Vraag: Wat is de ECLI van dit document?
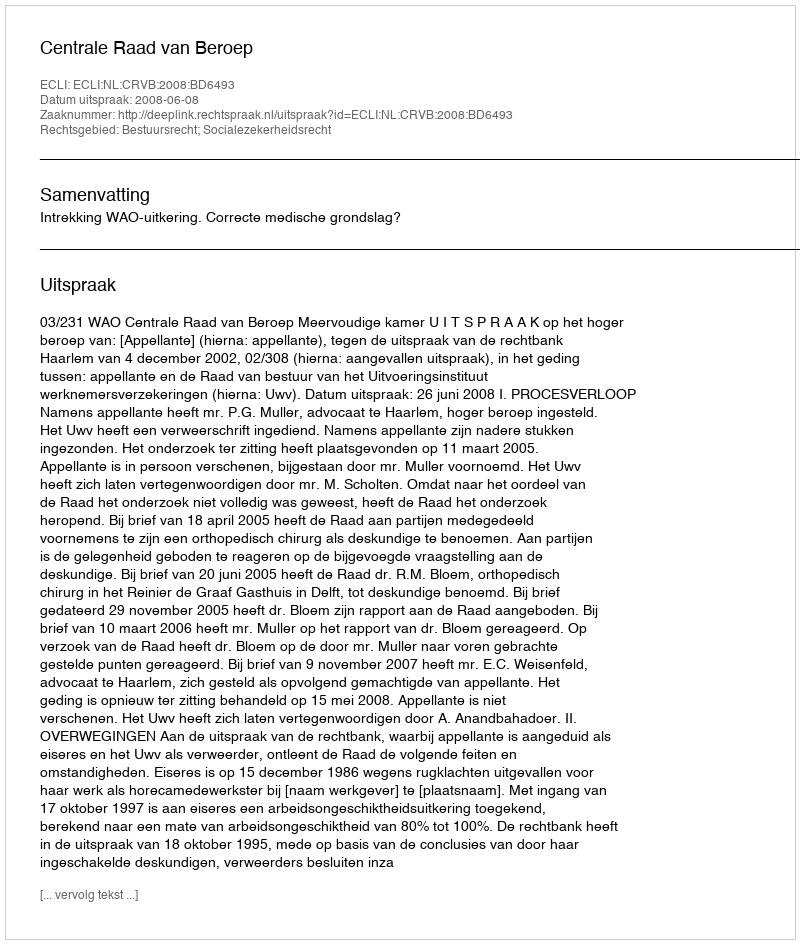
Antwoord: ECLI:NL:CRVB:2008:BD6493